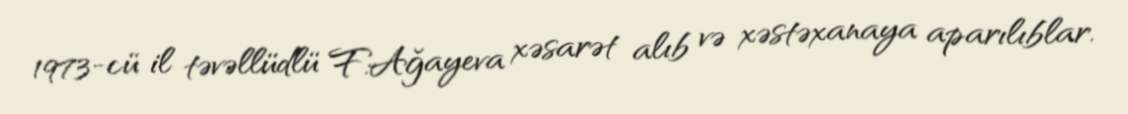
1973-cü il təvəllüdlü F.Ağayeva xəsarət alıb və xəstəxanaya aparılıblar.